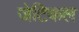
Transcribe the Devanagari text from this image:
जेटिकल